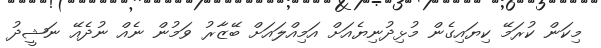
މިކަން ކުރަމޭ ކިޔައިގެން މުޅިދުނިޔެއަށް އަމިއްލައަށް ބޭޒާރު ވަމުން ނެއް ނުދެއޭ ނަޝީދު